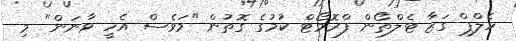
ހެލްޕް ގަޒާ ޓެލްތޯން ފްރޮމޯޓް ކުމުގެ ގޮތުން "މަވެސް އެހީ ވާނަން" މި